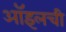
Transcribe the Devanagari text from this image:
ऑइलची